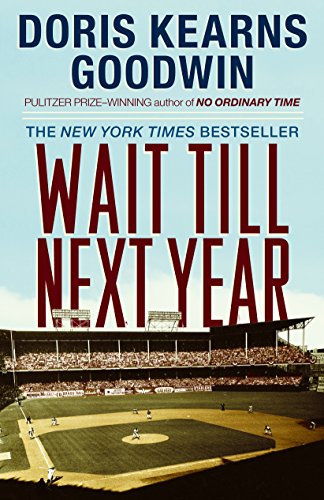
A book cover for Wait Till Next Year - A Memoir; Doris Kearns Goodwin; Biographies & Memoirs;